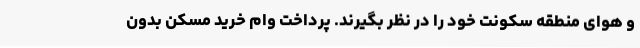
و هوای منطقه سکونت خود را در نظر بگیرند. پرداخت وام خرید مسکن بدون